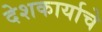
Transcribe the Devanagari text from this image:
देशकार्याचे